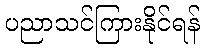
ပညာသင်ကြားနိုင်ရန်